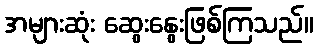
အများဆုံး ဆွေးနွေးဖြစ်ကြသည်။